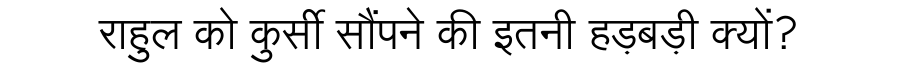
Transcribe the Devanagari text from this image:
राहुल को कुर्सी सौंपने की इतनी हड़बड़ी क्यों?